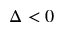
\Delta < 0